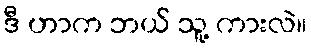
ဒီ ဟာက ဘယ် သူ့ ကားလဲ။